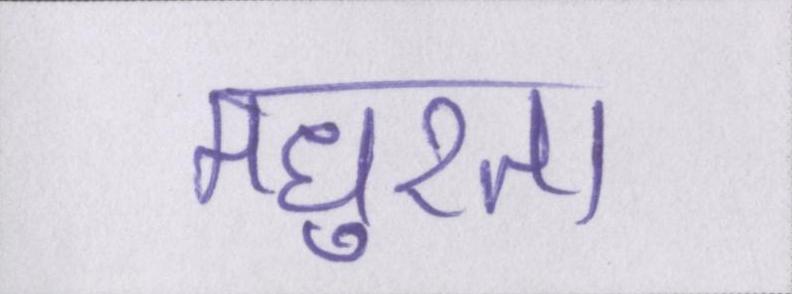
मधुरता